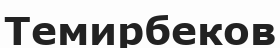
Темирбеков